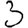
Digit: 3